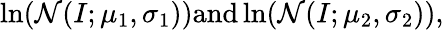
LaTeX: \ln(\mathcal{N}(I;\mu_{1},\sigma_{1}))\textnormal{and}\ln(\mathcal{N}(I;\mu_{2},\sigma_{2})),